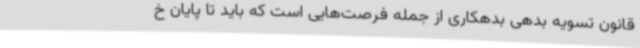
قانون تسویه بدهی بدهکاری از جمله فرصت‌هایی است که باید تا پایان خ